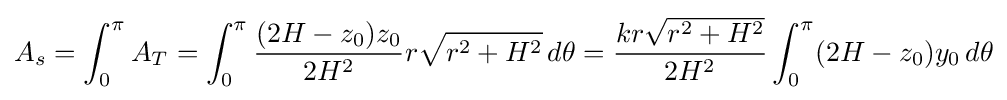
A_{s}=\int _{0}^{\pi }A_{T}=\int _{0}^{\pi }{(2H-z_{0})z_{0} \over 2H^{2}}r{\sqrt {r^{2}+H^{2}}}\,d\theta ={kr{\sqrt {r^{2}+H^{2}}} \over 2H^{2}}\int _{0}^{\pi }(2H-z_{0})y_{0}\,d\theta